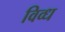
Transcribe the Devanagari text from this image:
विव्ध